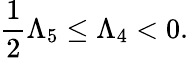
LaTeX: \frac{1}{2}\Lambda_{5}\leq\Lambda_{4}<0.